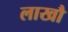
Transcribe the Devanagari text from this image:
लाखौ